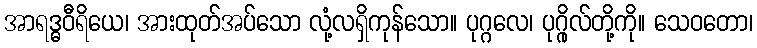
အာရဒ္ဓဝီရိယေ၊ အားထုတ်အပ်သော လုံ့လရှိကုန်သော။ ပုဂ္ဂလေ၊ ပုဂ္ဂိုလ်တို့ကို။ သေဝတော၊